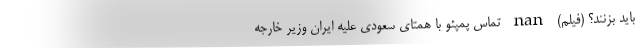
باید بزنند؟ (فیلم) nan تماس پمپئو با همتای سعودی علیه ایران وزیر خارجه